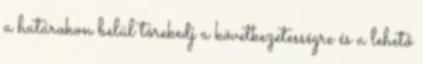
a határokon belül törekedj a következetességre és a lehető